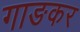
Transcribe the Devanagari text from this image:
गाङकर